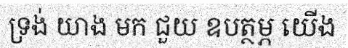
ទ្រង់ យាង មក ជួយ ឧបត្ថម្ភ យើង